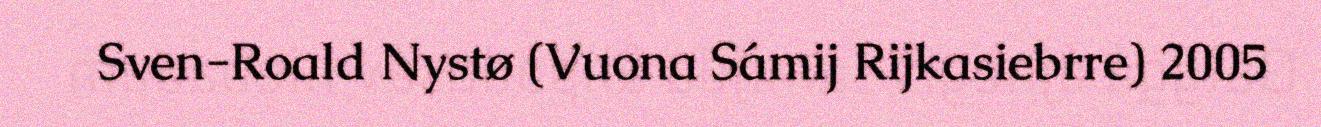
Sven-Roald Nystø (Vuona Sámij Rijkasiebrre) 2005